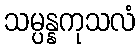
သမ္ပန္နကုသလံ